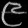
Digit: ၉